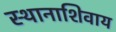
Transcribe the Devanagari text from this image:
स्थानाशिवाय